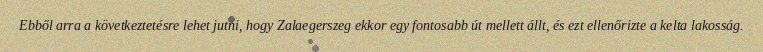
Ebből arra a következtetésre lehet jutni, hogy Zalaegerszeg ekkor egy fontosabb út mellett állt, és ezt ellenőrizte a kelta lakosság.